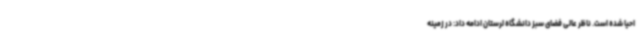
احیا شده است. ناظر عالی فضای سبز دانشگاه لرستان ادامه داد: در زمینه